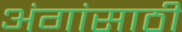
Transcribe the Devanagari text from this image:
अंगांसाठी